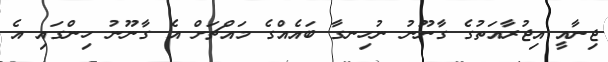
ޖިނާއީ އިޖުރާއަތުގެ ގާނޫނު ނުހިނގާ ބައެއްގެ މައްޗަށް އެ ގާނޫނު ހިންގައި އެ